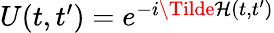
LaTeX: \begin{array}{r}{U(t,t^{\prime})=e^{-i\Tilde{\mathcal{H}}(t,t^{\prime})}}\end{array}